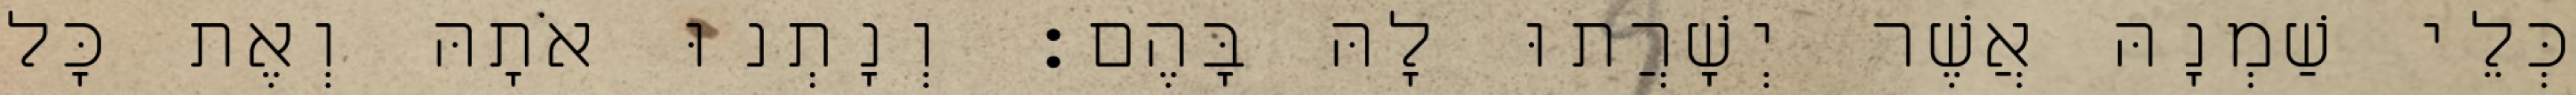
כְּלֵי שַׁמְנָהּ אֲשֶׁר יְשָׁרֲתוּ לָהּ בָּהֶם׃ וְנָתְנוּ אֹתָהּ וְאֶת כָּל